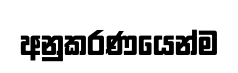
අනුකරණයෙන්ම